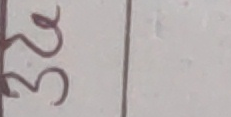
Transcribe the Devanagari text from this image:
३२